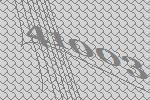
41003